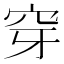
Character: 穿